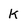
Character: k